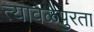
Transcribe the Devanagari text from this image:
त्यावेळेपुरता